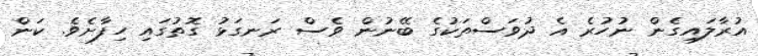
އުރާލައިގެން ނުހުރެ އެ ދުވަސްތަކުގެ ބޭނުން ވެސް ރަނގަޅު ގޮތުގައި ހިފާށެވެ. ކަން